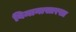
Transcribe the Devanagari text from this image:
विमानासारखा